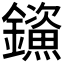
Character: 𮣤